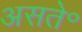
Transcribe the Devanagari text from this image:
असते॰